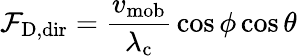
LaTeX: \mathcal{F}_{\mathrm{{{D,dir}}}}={\frac{{v_{\mathrm{{{mob}}}}}}{{\lambda_{\mathrm{{{c}}}}}}}\cos\phi\cos\theta